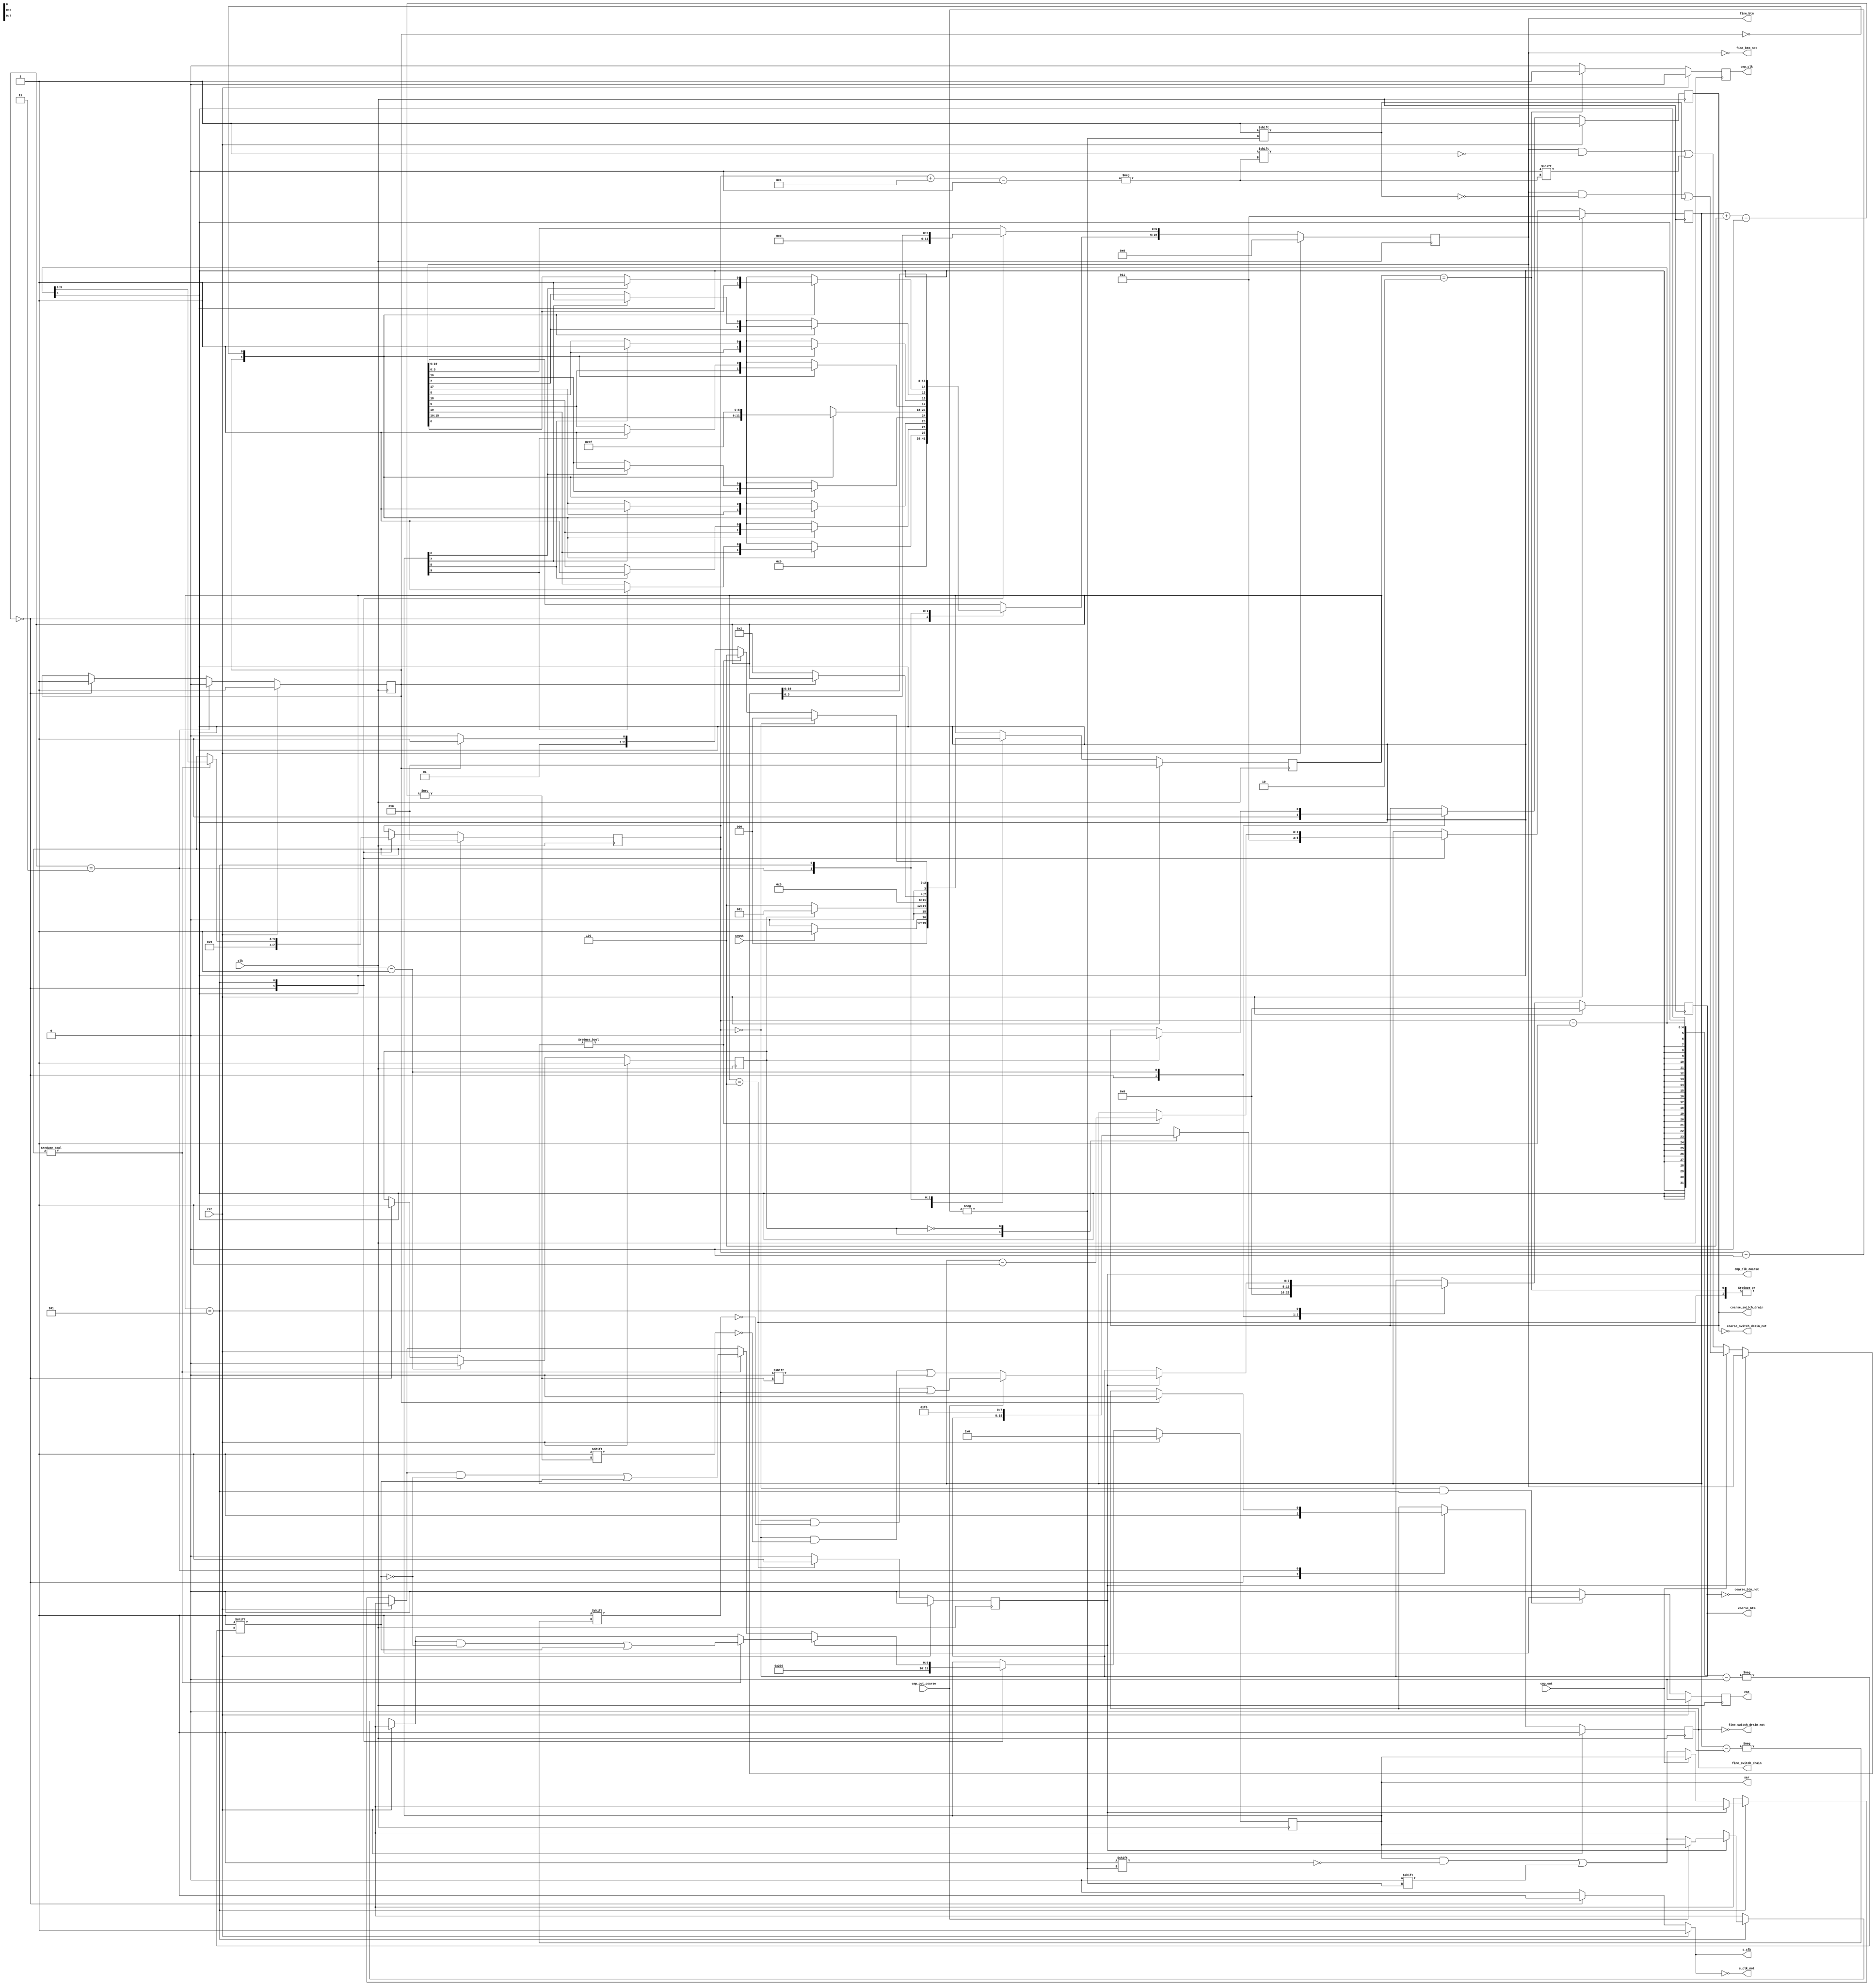
module sar_logic_CS_10bit_k4(
	input clk,
	input rst,
	input cnvst,
	input cmp_out,
	input cmp_out_coarse,
	output reg [9:0] sar, // digital output
	output reg eoc, // end of conversion
	output reg cmp_clk, // comparator clock
	output reg cmp_clk_coarse,

	output reg s_clk, // bootstrap switch clock
	output reg [19:0] fine_btm,
	output reg [7:0] coarse_btm,
	output reg fine_switch_drain,
	output reg coarse_switch_drain,

	//INVERTED OUTPUTS
	output s_clk_not,
	output [19:0] fine_btm_not,
	output [7:0] coarse_btm_not,
	output fine_switch_drain_not,
	output coarse_switch_drain_not
	);
	
	// 256 128 64 32 16 8  4  2  1  1  256 128 64 32 16 8 4 2 1 1
	//  19  18 17 16 15 14 13 12 11 10   9   8  7  6  5 4 3 2 1 0 
	parameter S_wait			= 4'd0;
	parameter S_drain 			= 4'd1;
	parameter S_comprst			= 4'd2;
	parameter S_ds				= 4'd3;
	parameter S_comprst_coarse 	= 4'd4;
	parameter S_decide			= 4'd5;

	assign s_clk_not = ~s_clk;
	assign fine_btm_not = ~fine_btm;
	assign fine_switch_drain_not = ~fine_switch_drain;
	assign coarse_btm_not = ~coarse_btm;
	assign coarse_switch_drain_not = ~coarse_switch_drain;

	reg [3:0] state;
	reg drain;
	reg [3:0] b;
	reg [2:0] b_coarse;
	reg ds;

	reg fine_up; // 1 if SCA2 has upper bound voltage

	always @(posedge clk) begin //state transitions
		if (rst) 
			state <= S_wait;
		else
			case(state)
				S_wait:
					if(cnvst)
						state <= S_drain;
					else 
						state <= S_wait;
				S_drain:
					if(drain)
						state <= S_drain;
					else
						state <= S_comprst_coarse;
				S_comprst:
					state <= S_decide;
				S_comprst_coarse:
					state <= S_decide;
				S_ds:
					if(ds==0)
						state <= S_comprst;
				S_decide:
					if(b==0)
						state <= S_wait;
					else
						if(b_coarse)
							state <= S_comprst_coarse;
						else if(ds)
							state <= S_ds;
						else 
							state <= S_comprst;

			endcase
	end


	always @(posedge clk) begin //eoc
		if (rst) 
			// reset
			eoc <= 0;
		else 
			if (b == 0 && state == S_decide) 
				eoc <= 1;
			else
				eoc <= 0;
	end


	always @(posedge clk) begin //b
		if (rst)
			// reset
			b <= 0;
		else 
			case(state)
				S_wait:
					b <= 4'd9;
				S_decide:
					if(b)
						b <= b - 1;
			endcase
	end

	always @(posedge clk) begin //b_coarse
		if (rst)
			// reset
			b_coarse <= 3'd3;
		else 
			case(state)
				S_wait:
					b_coarse <= 3'd3;
				S_decide:
					if(b_coarse)
						b_coarse <= b_coarse - 1;
			endcase
	end

	always @(*) begin //s_clk
		if (rst) 
			// reset
			s_clk <= 1;
		else 
			if (state == S_wait) 
				s_clk <= 1;
			else
				s_clk <= 0;
	end

	always @(posedge clk) begin //cmp_clk
		if (rst) 
			// reset
			cmp_clk <= 0;
		else 
			if (state == S_comprst) 
				cmp_clk <= 1;
			else
				cmp_clk <= 0;
	end

	always @(posedge clk) begin //cmp_clk_coarse
		if (rst) 
			// reset
			cmp_clk_coarse <= 0;
		else 
			if (state == S_comprst_coarse) 
				cmp_clk_coarse <= 1;
			else
				cmp_clk_coarse <= 0;
	end

	always @(posedge clk) begin //drain
		if (rst) 
			// reset
			drain <= 1;
		else 
			if (state == S_drain)
				drain <= 0;
			else if (state == S_wait)
				drain <= 1;
	end

	always @(posedge clk) begin //ds
		if (rst) 
			// reset
			ds <= 1;
		else 
			if (state == S_ds)
				ds <= 0;
			else if (state == S_wait)
				ds <= 1;
	end

	always @(posedge clk) begin //sar
		if (rst) begin
			// reset
			sar <= 0;
		end
		else
			case(state)
				S_wait:
					sar <= 10'b1000000000;
				S_decide: begin
					if(cmp_clk_coarse) begin
						if(cmp_out_coarse == 0)
							sar[b] <= 0;
						if(b)
						 sar[b-1] <= 1;
					end
					else begin
						if(cmp_out == 0)
							sar[b] <= 0;
						if(b)
							sar[b-1] <= 1;
					end
				end
				
			endcase
	end


	always @(posedge clk) begin //DAC_switch_control
		if (rst) begin
			// reset
			fine_btm <= 20'd0;
			fine_switch_drain <= 1;
			coarse_switch_drain <= 1;
			coarse_btm <= 8'd0;
		end
		else
			case(state)
				S_wait: begin
					fine_btm <= 20'd0;
					coarse_btm <= 8'd0;
					fine_switch_drain <= 1;
					coarse_switch_drain <= 1;
				end
				S_drain:
					case(drain)
						1:
							coarse_switch_drain <= 0;
						0: begin
							coarse_btm <= 8'b11110000;
							end
						endcase
				S_ds:
					case(ds)
						1:
							fine_switch_drain <= 0;
						0: begin
							if(sar[9] == 1) begin
								fine_btm[19] <= 1;
								fine_btm[9] <= 1;
							end
							if(sar[8] == 1) begin
								fine_btm[18] <= 1;
								fine_btm[8] <= 1;
							end
							if(sar[7] == 1) begin
								fine_btm[17] <= 1;
								fine_btm[7] <= 1;
							end
							if(sar[6] == 1) begin
								fine_btm[16] <= 1;
								fine_btm[6] <= 1;
							end
							fine_btm[15:10] <= 6'b111111;
						end

					endcase
				S_decide:
					if(cmp_clk_coarse) 
						if(cmp_out_coarse) begin
							coarse_btm[b_coarse] <= 1;
						end		

						else begin
							coarse_btm[b_coarse+4] <= 0;
						end

					else
						if(cmp_out) begin
							fine_btm[b] <= 1;
						end		

						else begin
							fine_btm[b+10] <= 0;
						end

			endcase
		
	end

endmodule